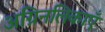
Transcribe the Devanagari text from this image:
अग्निनलिकाएँ